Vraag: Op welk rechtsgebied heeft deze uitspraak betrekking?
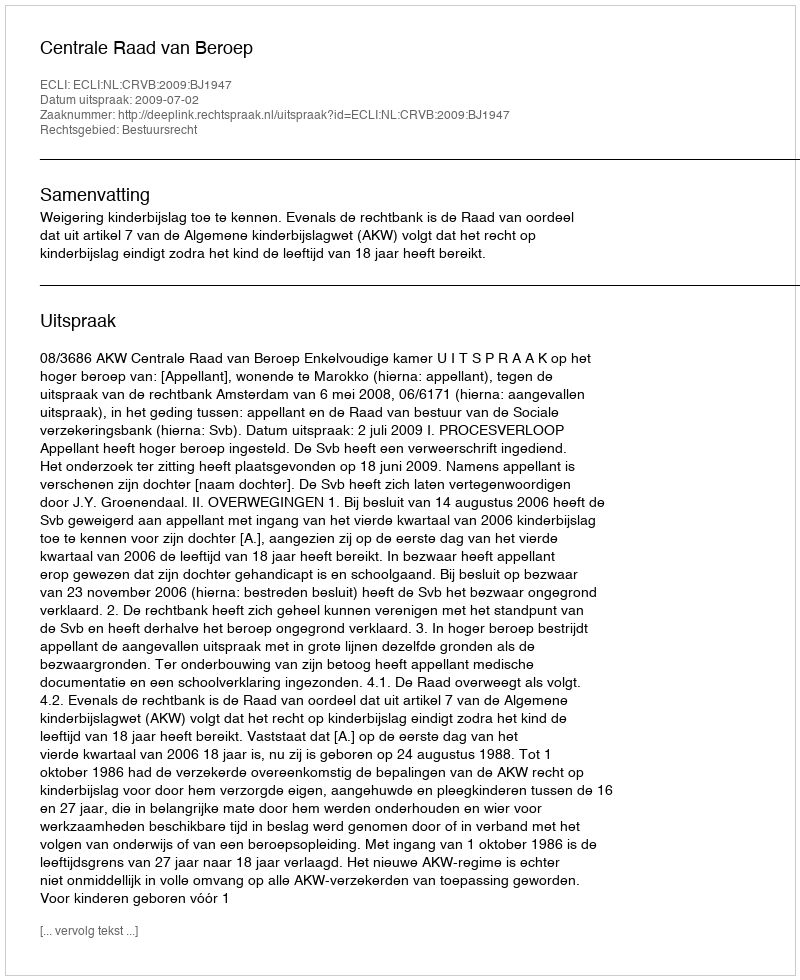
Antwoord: Bestuursrecht